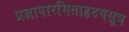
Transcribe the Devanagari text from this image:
प्रज्ञापारमिताहृदयसूत्र